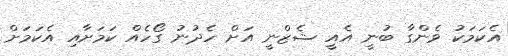
އެކަމަކު ވެންގާ ބުނީ އެއީ ޝެޒްނީ އަށް ހެދުނު ގޯހެއް ކަމަށާއި އެކަމަށް